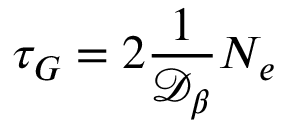
\tau _ { G } = 2 \frac { 1 } { \mathcal { D _ { \beta } } } N _ { e }